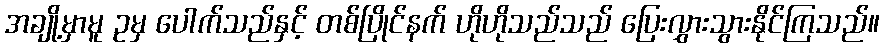
အချို့မှာမူ ဥမှ ပေါက်သည်နှင့် တစ်ပြိုင်နက် ဟိုဟိုသည်သည် ပြေးလွှားသွားနိုင်ကြသည်။